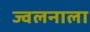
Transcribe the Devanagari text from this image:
ज्वलनाला